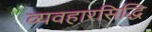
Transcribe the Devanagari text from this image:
व्यवहारसिद्धि